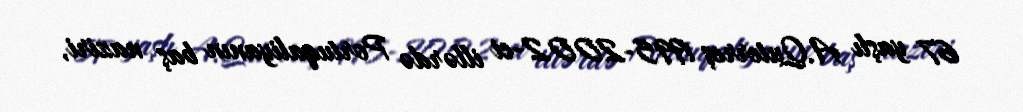
67 yaşlı A.Quterreş 1995-2002-ci illərdə Portuqaliyanın baş naziri,